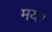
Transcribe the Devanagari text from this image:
मय।